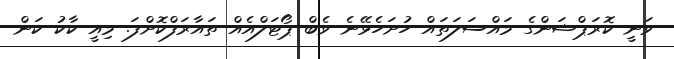
ވަނީ ކޮރަޕްޝަންގެ މައްސަލަތައް ހުށަހެޅޭނެ ވެބް ޕޯޓަލްއެއް ތައާރަފްކޮށްފަ. މިއީ ކާކު ކަން